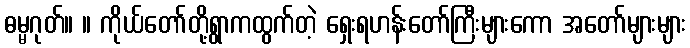
ဓမ္မဂုတ်။ ။ ကိုယ်တော်တို့ရွာကထွက်တဲ့ ရှေးရဟန်းတော်ကြီးများကော အတော်များများ